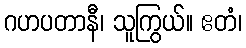
ဂဟပတာနီ၊ သူကြွယ်။ ဧတံ၊